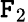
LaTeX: \mathtt{F}_{2}